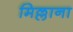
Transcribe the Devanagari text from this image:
मिल्लाना